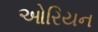
ઓરિયન